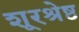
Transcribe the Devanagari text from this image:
शूरश्रेष्ठ